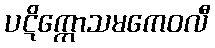
ပဋိက္ကောသမကေဝလီ